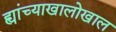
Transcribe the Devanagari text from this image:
ह्यांच्याखालोखाल